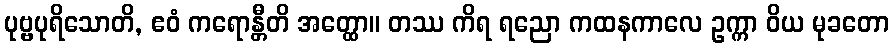
ပုဗ္ဗပုရိသောတိ, ဧဝံ ကရောန္တီတိ အတ္ထော။ တဿ ကိရ ရညော ကထနကာလေ ဥက္ကာ ဝိယ မုခတော